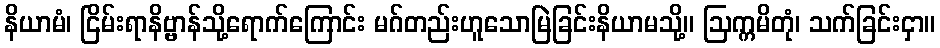
နိယာမံ၊ ငြိမ်းရာနိဗ္ဗာန်သို့ရောက်ကြောင်း မဂ်တည်းဟူသောမြဲခြင်းနိယာမသို့။ ဩက္ကမိတုံ၊ သက်ခြင်းငှာ။